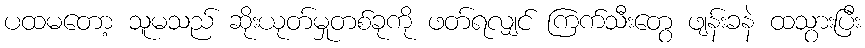
ပထမတော့ သူမသည် ဆိုးယုတ်မှုတစ်ခုကို ဖတ်ရလျှင် ကြက်သီးတွေ ဖျန်းခနဲ ထသွားပြီး